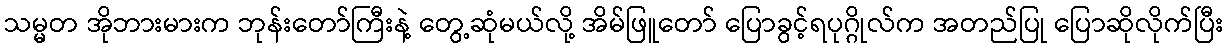
သမ္မတ အိုဘားမားက ဘုန်းတော်ကြီးနဲ့ တွေ့ဆုံမယ်လို့ အိမ်ဖြူတော် ပြောခွင့်ရပုဂ္ဂိုလ်က အတည်ပြု ပြောဆိုလိုက်ပြီး